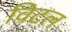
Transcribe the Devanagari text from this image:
विटल